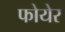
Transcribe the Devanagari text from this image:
फोयेर